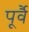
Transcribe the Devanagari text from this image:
पूर्वै